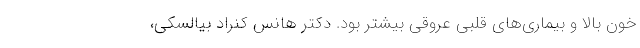
خون بالا و بیماری‌های قلبی عروقی بیشتر بود. دکتر هانس کنراد بیالسکی،